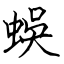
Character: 蜈